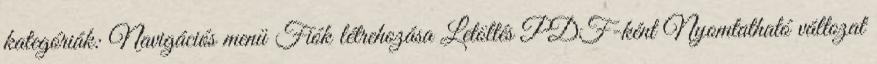
kategóriák: Navigációs menü Fiók létrehozása Letöltés PDF-ként Nyomtatható változat